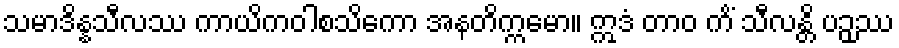
သမာဒိန္နသီလဿ ကာယိကဝါစသိကော အနတိက္ကမော။ ဣဒံ တာဝ ကိံ သီလန္တိ ပဉှဿ